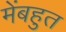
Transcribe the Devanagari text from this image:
मेंबहुत